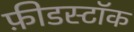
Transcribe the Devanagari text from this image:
फ़ीडस्टॉक